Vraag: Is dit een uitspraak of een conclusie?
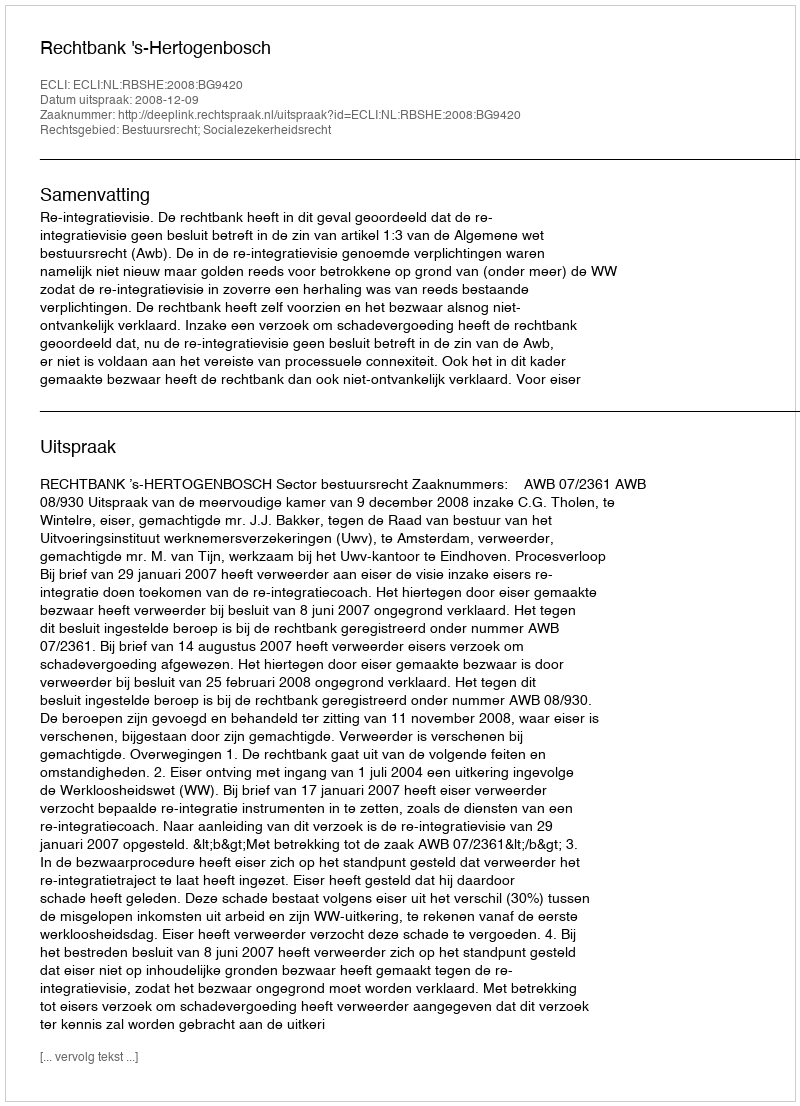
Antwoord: Uitspraak